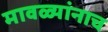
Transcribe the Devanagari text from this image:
मावळ्यांनाच